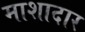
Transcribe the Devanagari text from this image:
माशादार